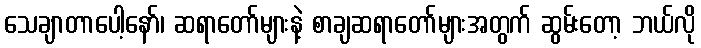
သေချာတာပေါ့နော်၊ ဆရာတော်များနဲ့ စာချဆရာတော်များအတွက် ဆွမ်းတော့ ဘယ်လို